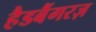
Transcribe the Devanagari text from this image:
हैडबैंगरज़